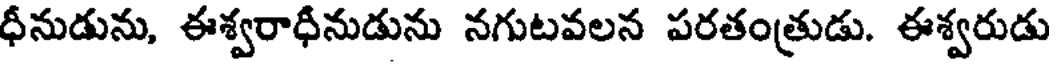
ధీనుడును, ఈశ్వరాధీనుడును నగుటవలన పరతంత్రుడు. ఈశ్వరుడు